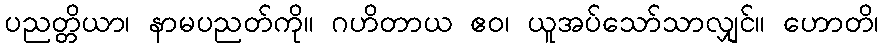
ပညတ္တိယာ၊ နာမပညတ်ကို။ ဂဟိတာယ ဧဝ၊ ယူအပ်သော်သာလျှင်။ ဟောတိ၊